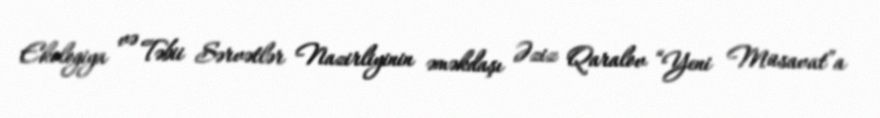
Ekologiya və Təbii Sərvətlər Nazirliyinin əməkdaşı Əziz Qaralov “Yeni Müsavat”a